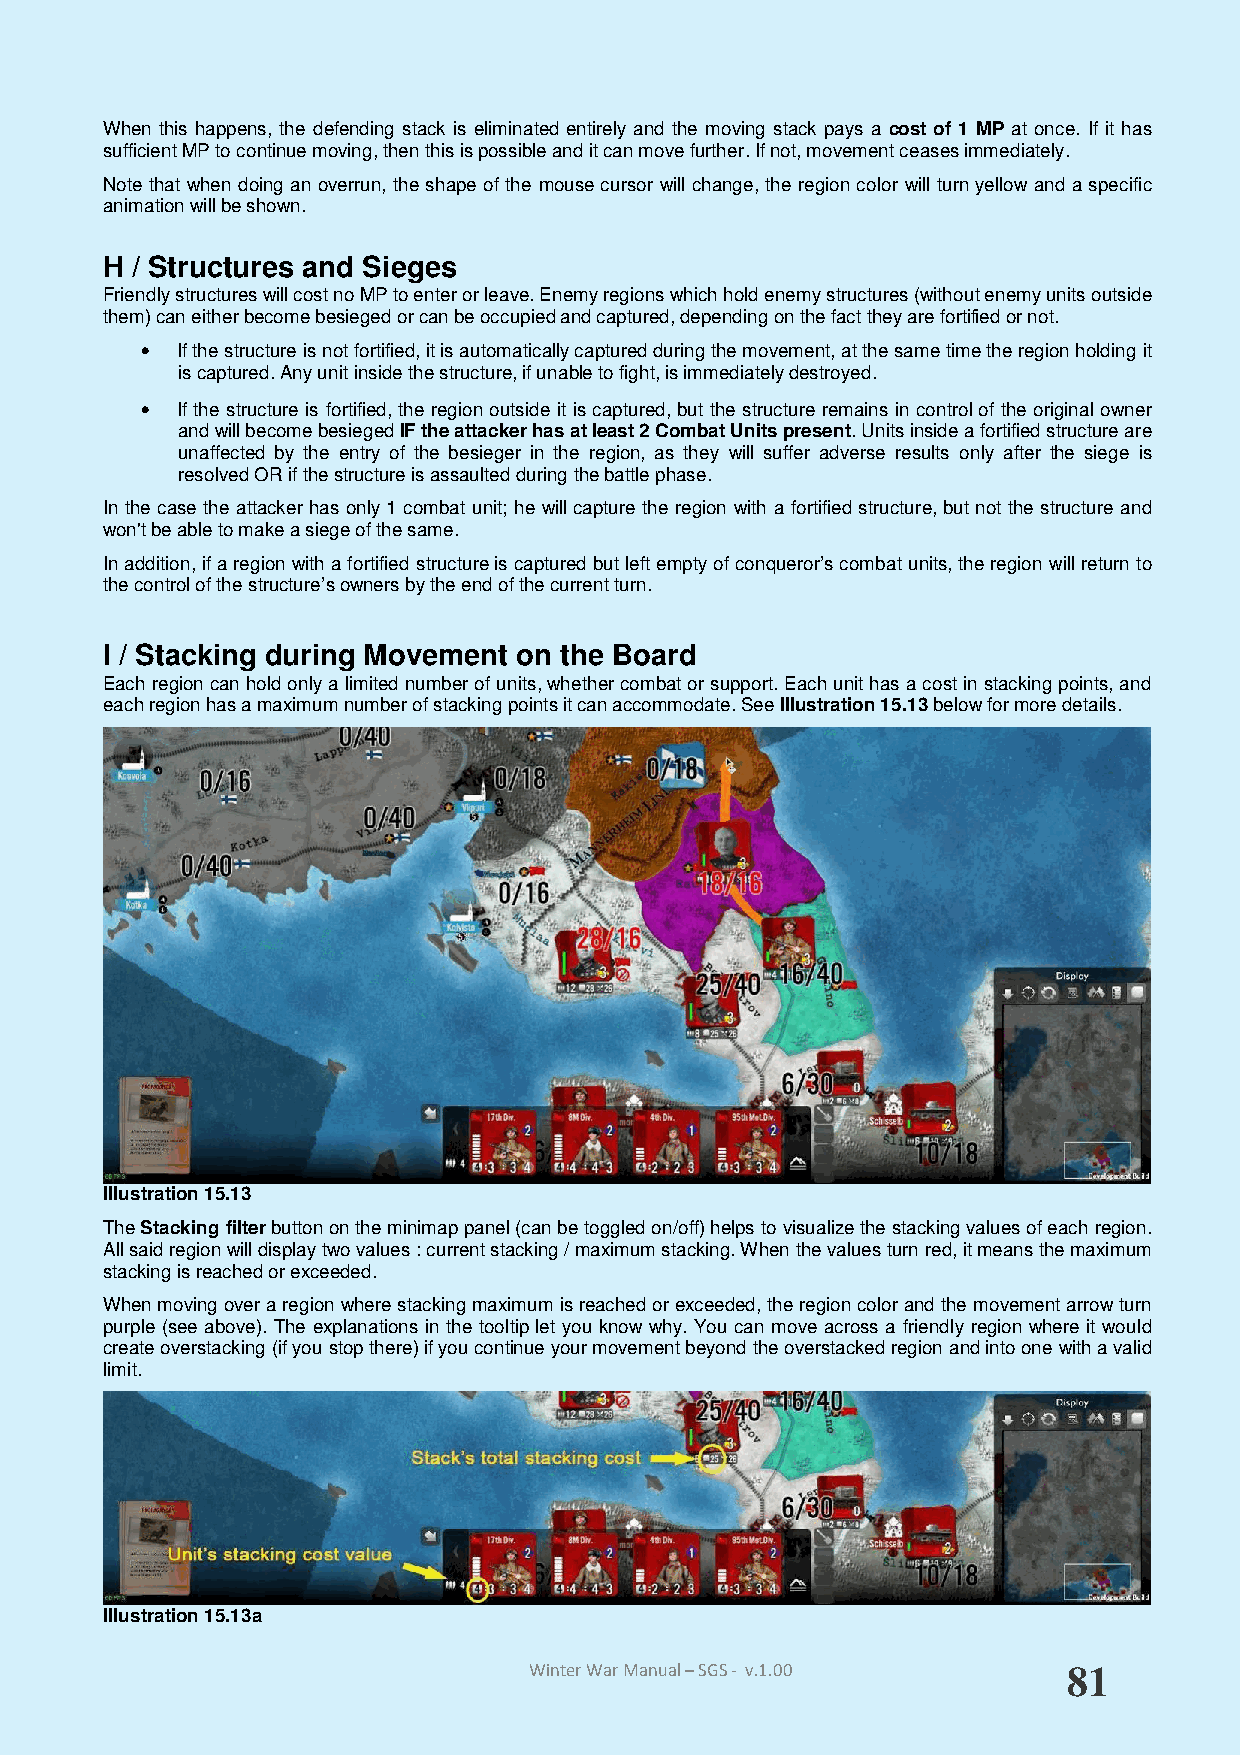
When this happens, the defending stack is eliminated entirely and the moving stack pays a cost of 1 MP at once. If it has
 sufficient MP to continue moving, then this is possible and it can move further. If not, movement ceases immediately.
 Note that when doing an overrun, the shape of the mouse cursor will change, the region color will turn yellow and a specific
 animation will be shown.
 H / Structures and Sieges
 Friendly structures will cost no MP to enter or leave. Enemy regions which hold enemy structures (without enemy units outside
 them) can either become besieged or can be occupied and captured, depending on the fact they are fortified or not.
 •  If the structure is not fortified, it is automatically captured during the movement, at the same time the region holding it
 is captured. Any unit inside the structure, if unable to fight, is immediately destroyed.
 •  If the structure is fortified, the region outside it is captured, but the structure remains in control of the original owner
 and will become besieged IF the attacker has at least 2 Combat Units present. Units inside a fortified structure are
 unaffected by the entry of the besieger in the region, as they will suffer adverse results only after the siege is
 resolved OR if the structure is assaulted during the battle phase.
 In the case the attacker has only 1 combat unit; he will capture the region with a fortified structure, but not the structure and
 won't be able to make a siege of the same.
 In addition, if a region with a fortified structure is captured but left empty of conqueror’s combat units, the region will return to
 the control of the structure’s owners by the end of the current turn.
 I / Stacking during Movement on the Board
 Each region can hold only a limited number of units, whether combat or support. Each unit has a cost in stacking points, and
 each region has a maximum number of stacking points it can accommodate. See Illustration 15.13 below for more details.
 Illustration 15.13
 The Stacking filter button on the minimap panel (can be toggled on/off) helps to visualize the stacking values of each region.
 All said region will display two values : current stacking / maximum stacking. When the values turn red, it means the maximum
 stacking is reached or exceeded.
 When moving over a region where stacking maximum is reached or exceeded, the region color and the movement arrow turn
 purple (see above). The explanations in the tooltip let you know why. You can move across a friendly region where it would
 create overstacking (if you stop there) if you continue your movement beyond the overstacked region and into one with a valid
 limit.
 Illustration 15.13a
 Winter War Manual – SGS - v.1.00    81